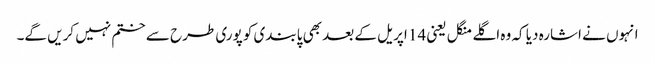
انہوں نے اشارہ دیا کہ وہ اگلے منگل یعنی 14 اپریل کے بعد بھی پابندی کو پوری طرح سے ختم نہیں کریں گے۔